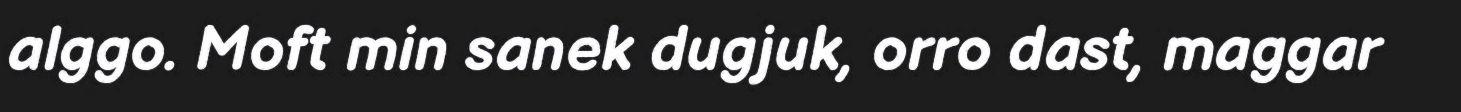
alggo. Moft min sanek dugjuk, orro dast, maggar